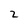
Character: 2